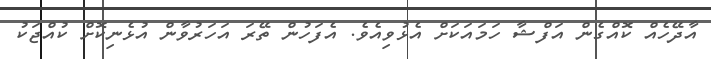
އާދޭހެއް ކޮއްގެން އަފްޝާ ހަމައަކަށް އެޅުވިއެވެ. އެފަހުން ތޭރަ އަހަރުވާން އުޅެނިކޮށް ކުއްޖަކު